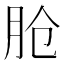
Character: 𬁸